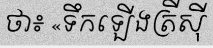
ថា៖ «ទឹកឡើងត្រីស៊ី